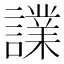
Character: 𧬬